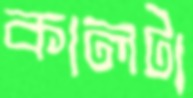
কালটা